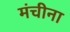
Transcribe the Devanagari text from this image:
मंचीना